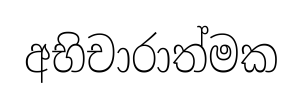
අභිචාරාත්මක